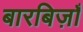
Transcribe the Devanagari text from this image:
बारबिज़ाँ